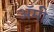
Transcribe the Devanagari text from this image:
अॅमी